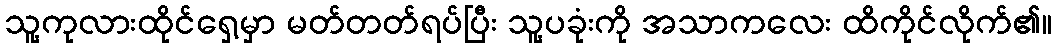
သူ့ကုလားထိုင်ရှေ့မှာ မတ်တတ်ရပ်ပြီး သူ့ပခုံးကို အသာကလေး ထိကိုင်လိုက်၏။